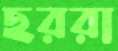
ছররা